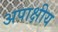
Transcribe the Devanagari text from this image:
अपाक्षीय